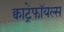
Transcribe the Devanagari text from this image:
क्वाट्रेफॉयल्स